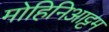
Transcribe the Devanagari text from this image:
मोहिनिआट्टम